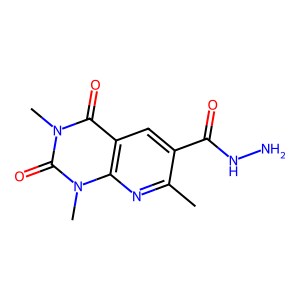
SMILES: Cc1nc2c(cc1C(=O)NN)c(=O)n(C)c(=O)n2C
Inhibits HIV replication: No